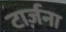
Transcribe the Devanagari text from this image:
टार्ज़ना